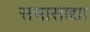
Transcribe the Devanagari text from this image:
सभासाद्या